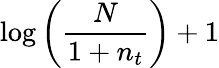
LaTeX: \log\left({\frac{N}{1+n_{t}}}\right)+1